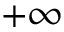
+ \infty